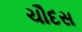
ચૌદસ